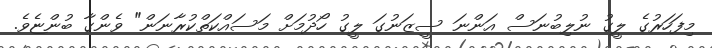
މިފަހަރުގެ ލީގު ނުލިބުނަސް އަންނަ ސީޒަނުގަ ލީގު ހޯދުމަށް މަސައްކަތްކުރާނަން" ވެންގާ ބުންޏެވެ.